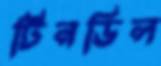
টিনডিল